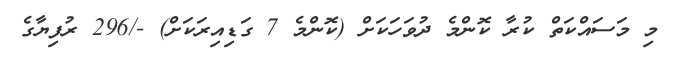
މި މަސައްކަތް ކުރާ ކޮންމެ ދުވަހަކަށް (ކޮންމެ 7 ގަޑިއިރަކަށް) -/296 ރުފިޔާގެ